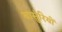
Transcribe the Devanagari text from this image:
बासुंरियों